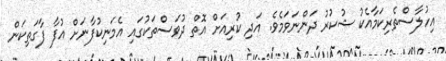
އިހުލާސްތެރިކަމާއެކު ޝުކުރު ދަންނަވަމެވެ. އަދި ކުރިއަށް އޮތް ދުވަސްތަކުގައި އެމަނިކުފާނަށް އުފާ ފާގަތިކަން